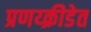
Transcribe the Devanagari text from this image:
प्रणय्क्रीडेत